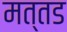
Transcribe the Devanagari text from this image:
मत्तड